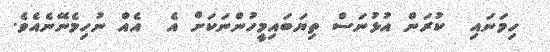
ހިމަނައި  ކުރަން އުޅުނަސް ތިޔަބައިމީހުންނަކަށް އެ  އެއް ނުހިމެނޭނެއެވެ.